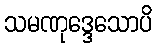
သမဏုဒ္ဒေသောပိ